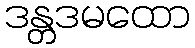
ဒန္တဒမထော